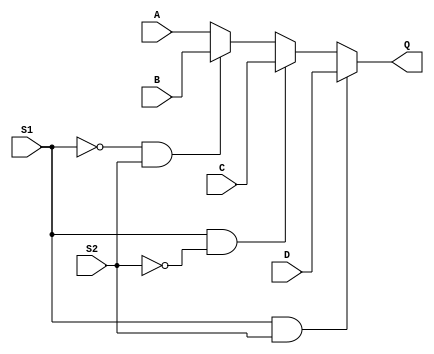
module mux4_1(
    input A,
    input B,
    input C,
    input D,
//    input clk;
    input S1,
    input S2,
    output reg Q
);

    always @(*)
        if(S1 && S2)
        Q<=D;
        else if(S1 && !S2)
        Q<=C;
        else if(!S1 && S2)
        Q<=B;
        else 
        Q<=A;
endmodule